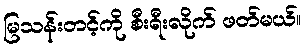
မြသန်းတင့်ကို စီးရီးလိုက် ဖတ်မယ်။